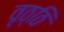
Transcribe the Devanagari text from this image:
वृठ्ठि